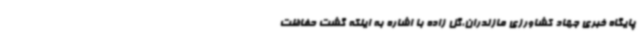
پایگاه خبری جهاد کشاورزی مازندران،گل زاده با اشاره به اینکه گشت حفاظت